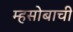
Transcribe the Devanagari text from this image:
म्हसोबाची